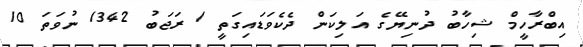
އިބްރާހީމް ޝިހާބު ދުނިޔޭގެ އަލިކަން ދެކެވަޑައިގަތީ 1 ރަޖަބު 1342 ނުވަތަ 10